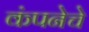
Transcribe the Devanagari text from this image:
कंपनेचे